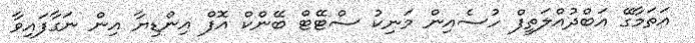
އަތަމާގޭ އަބްދުއްލަތީފް ހުސެއިން މަނިކު ސްޓޭޓް ބޭންކް އޮފް އިންޑިޔާ އިން ނަގާފައިވާ